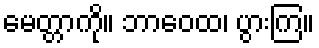
မေတ္တာကို။ ဘာဝေထ၊ ပွားကြ။